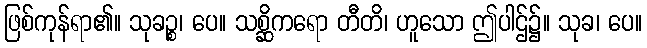
ဖြစ်ကုန်ရာ၏။ သုခဉ္စ၊ ပေ။ သစ္ဆိကရော တီတိ၊ ဟူသော ဤပါဌ်၌။ သုခ၊ ပေ။